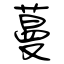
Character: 蔓